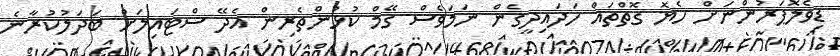
ޑިވެލޮޕަރުންނަށް ހެޔޮ ގޮތްތައް ހަދައިދީގެން ނަމަވެސް ގޭމް ކުޅުންތެރިން އެދޭ ސްޓައިލަށް ބަދަލުކުރާނެ